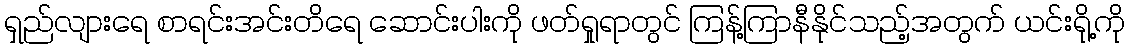
ရှည်လျားရေ စာရင်းအင်းတိရေ ဆောင်းပါးကို ဖတ်ရှုရာတွင် ကြန့်ကြာနီနိုင်သည့်အတွက် ယင်းရို့ကို